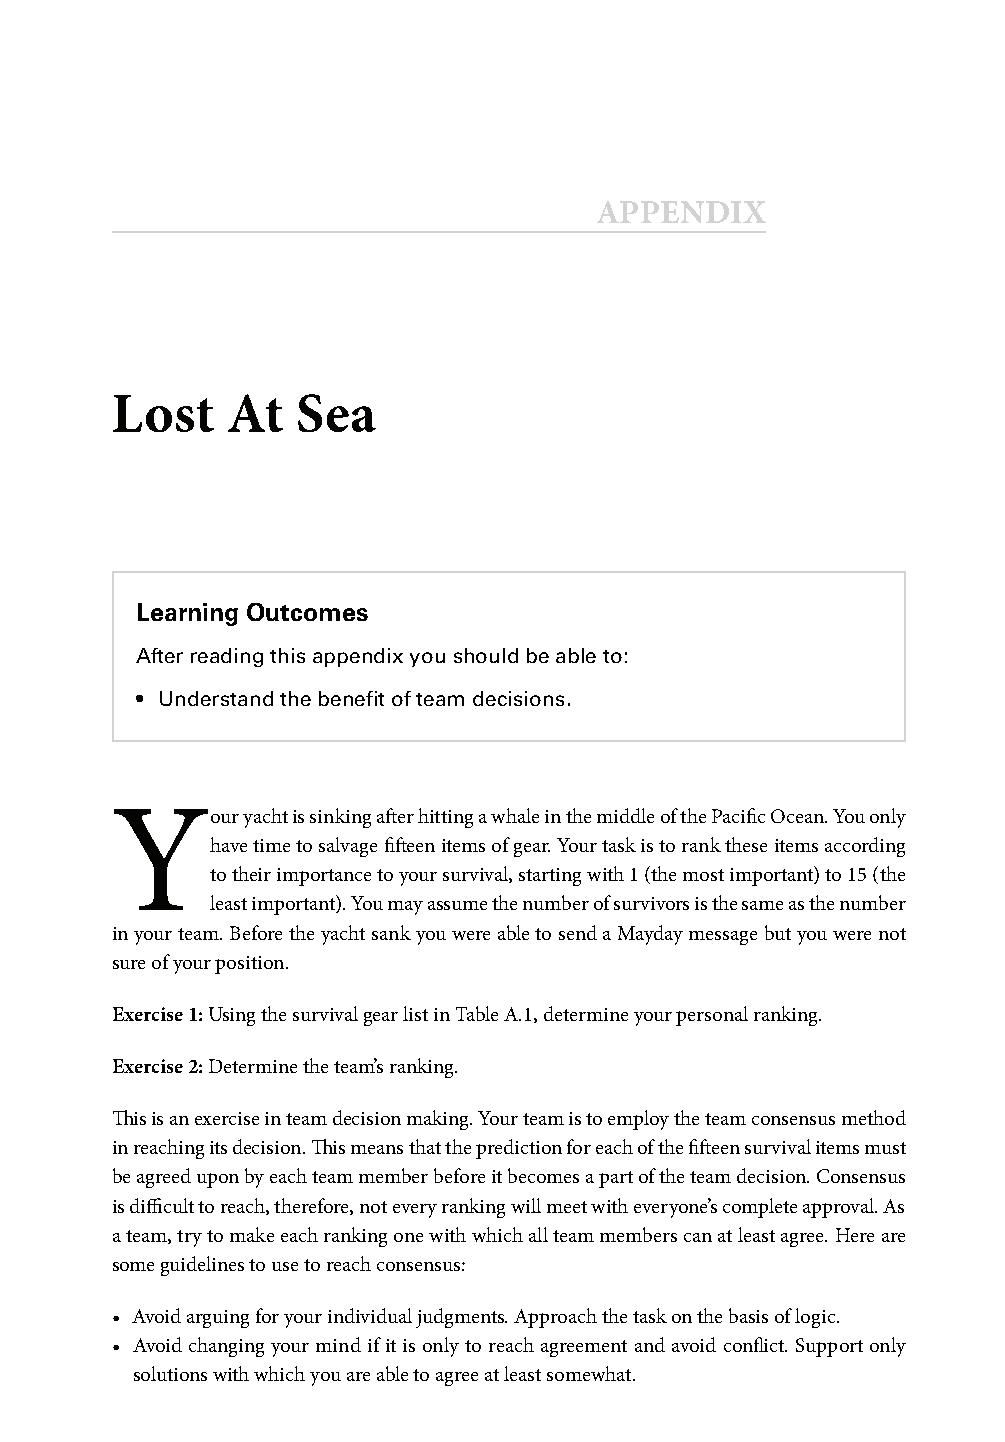
APPENDIX
 Lost    At   Sea
 Learning Outcomes
 After reading this appendix you should be able to:
 • Understand the benefi t of team decisions.
 Y
 our yacht is sinking aft er hitting a whale in the middle of the Pacifi c Ocean. You only
 have time to salvage fi ft een items of gear. Your task is to rank these items according
 to their importance to your survival, starting with 1 (the most important) to 15 (the
 least important). You may assume the number of survivors is the same as the number
 in your team. Before the yacht sank you were able to send a Mayday message but you were not
 sure of your position.
 Exercise 1: Using the survival gear list in Table A.1, determine your personal ranking.
 Exercise 2: Determine the team’s ranking.
 Th is is an exercise in team decision making. Your team is to employ the team consensus method
 in reaching its decision. Th is means that the prediction for each of the fi ft een survival items must
 be agreed upon by each team member before it becomes a part of the team decision. Consensus
 is diffi cult to reach, therefore, not every ranking will meet with everyone’s complete approval. As
 a team, try to make each ranking one with which all team members can at least agree. Here are
 some guidelines to use to reach consensus:
 • Avoid arguing for your individual judgments. Approach the task on the basis of logic.
 • Avoid changing your mind if it is only to reach agreement and avoid confl ict. Support only
 solutions with which you are able to agree at least somewhat.